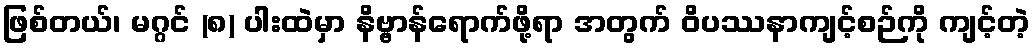
ဖြစ်တယ်၊ မဂ္ဂင် (၈) ပါးထဲမှာ နိဗ္ဗာန်ရောက်ဖို့ရာ အတွက် ဝိပဿနာကျင့်စဉ်ကို ကျင့်တဲ့